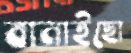
বানাইছো